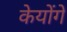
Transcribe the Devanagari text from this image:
केयोंगे